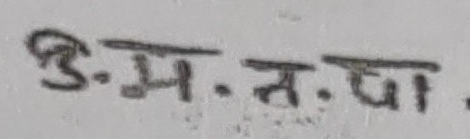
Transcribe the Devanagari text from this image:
डि. म. न. पा.